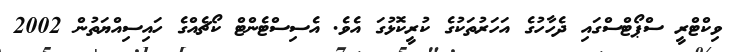
ވިކްޓްރީ ސްޕޯޓްސްގައި ދެހާހުގެ އަހަރުތަކުގެ ކުރީކޮޅުގަ އެވެ. އެސިސްޓެންޓް ކޯޗެއްގެ ހައިސިއްޔަތުން 2002